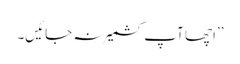
’’اچھا آپ کشمیر نہ جائیں۔